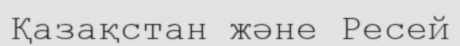
Қазақстан және Ресей